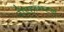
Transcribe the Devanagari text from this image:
रोएहाम्प्टन